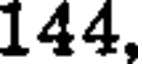
144,